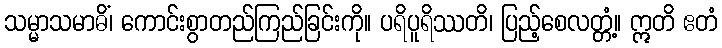
သမ္မာသမာဓိံ၊ ကောင်းစွာတည်ကြည်ခြင်းကို။ ပရိပူရိဿတိ၊ ပြည့်စေလတ္တံ့။ ဣတိ ဧတံ